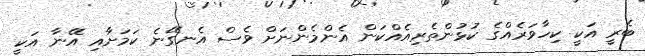
ބެރީ އަކީ ކިހާވަރެއްގެ ކުޅުންތެރިއެއްކަން އެންމެންނަށް ވެސް އެނގޭނެ ކަމަށާއި އޭނާ އަކީ